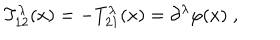
T _ { 1 2 } ^ { \lambda } ( x ) = - T _ { 2 1 } ^ { \lambda } ( x ) = \partial ^ { \lambda } \varphi ( x ) \; ,